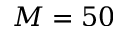
M = 5 0